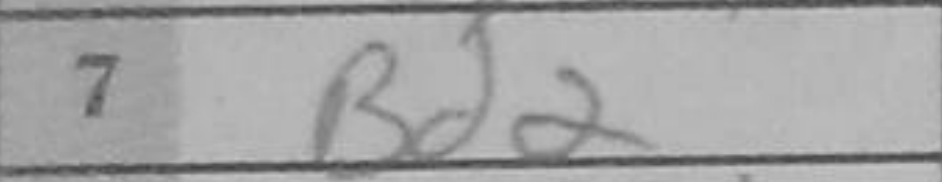
Transcription: Bd2